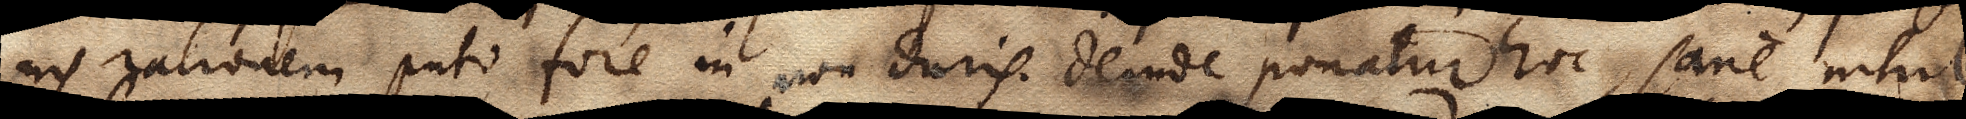
nis rationem puto fore in non duris. Deinde ponatur hoc, sane nihil